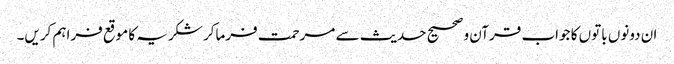
ان دونوں باتوں کا جواب قرآن و صحیح حدیث سے مرحمت فرماکر شکریہ کا موقع فراہم کریں۔